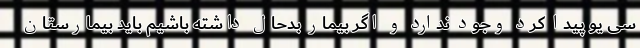
سی یو پیدا کرد وجود ندارد و اگر بیمار بدحال داشته باشیم باید بیمارستان